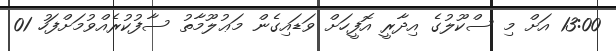
13:00 އަށް މި ސްކޫލުގެ އިދާރީ އޮފީހަށް ވަޑައިގެން މަޢުލޫމާތު ސާފުކުރެއްވުމަށްފަހު 01